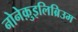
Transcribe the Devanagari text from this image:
नोनेक़ुइलिब्रिउम